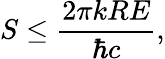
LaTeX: S\leq{\frac{2\pi kRE}{\hbar c}},